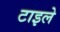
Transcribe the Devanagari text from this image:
टाइले